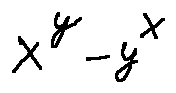
x ^ { y } - y ^ { x }